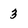
Character: 3